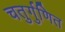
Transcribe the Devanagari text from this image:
चतुर्गुणित